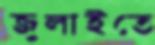
জুলাইতে